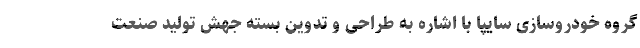
گروه خودروسازی سایپا با اشاره به طراحی و تدوین بسته جهش تولید صنعت